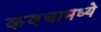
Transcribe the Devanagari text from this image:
कवचामध्ये